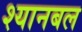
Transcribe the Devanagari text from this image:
श्यानबल